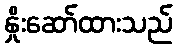
နှိုးဆော်ထားသည်